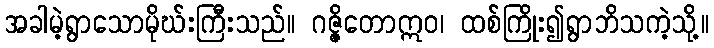
အခါမဲ့ရွာသောမိုဃ်းကြီးသည်။ ဂဇ္ဇိတောဣဝ၊ ထစ်ကြိုး၍ရွာဘိသကဲ့သို့။